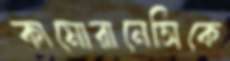
কামোরানেসিকে